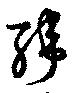
緯